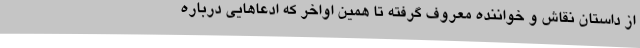
از داستان نقاش و خواننده معروف گرفته تا همین اواخر که ادعاهایی درباره